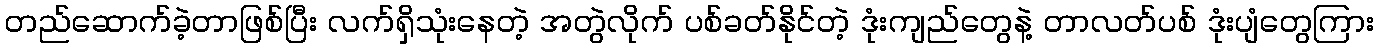
တည်ဆောက်ခဲ့တာဖြစ်ပြီး လက်ရှိသုံးနေတဲ့ အတွဲလိုက် ပစ်ခတ်နိုင်တဲ့ ဒုံးကျည်တွေနဲ့ တာလတ်ပစ် ဒုံးပျံတွေကြား